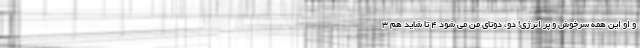
و او این همه سرخوش و پر انرژی! دو، دوتای من می شود 4 تا شاید هم 3